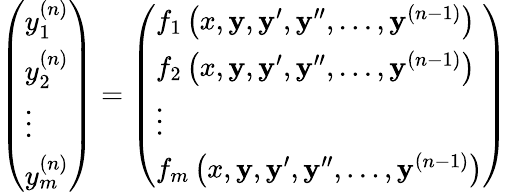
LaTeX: {\left(\begin{array}{l}{y_{1}^{(n)}}\\ {y_{2}^{(n)}}\\ {\vdots}\\ {y_{m}^{(n)}}\end{array}\right)}={\left(\begin{array}{l}{f_{1}\left(x,\mathbf{y},\mathbf{y}^{\prime},\mathbf{y}^{\prime\prime},\ldots,\mathbf{y}^{(n-1)}\right)}\\ {f_{2}\left(x,\mathbf{y},\mathbf{y}^{\prime},\mathbf{y}^{\prime\prime},\ldots,\mathbf{y}^{(n-1)}\right)}\\ {\vdots}\\ {f_{m}\left(x,\mathbf{y},\mathbf{y}^{\prime},\mathbf{y}^{\prime\prime},\ldots,\mathbf{y}^{(n-1)}\right)}\end{array}\right)}